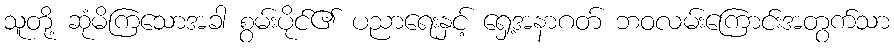
သူတို့ ဆုံမိကြသောအခါ စွမ်းပိုင်၏ ပညာရေးနှင့် ရှေ့အနာဂတ် ဘဝလမ်းကြောင်းအတွက်သာ